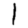
Digit: 1